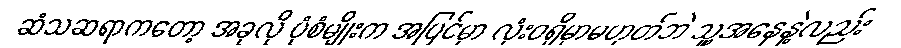
ဆံသဆရာကတော့ အခုလို ပုံစံမျိုးက အပြင်မှာ လုံးဝရှိမှာမဟုတ်ဘဲ သူ့အနေနဲ့လည်း